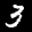
Label: 3